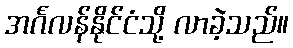
အင်္ဂလန်နိုင်ငံသို့ လာခဲ့သည်။